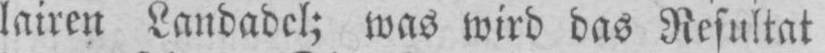
lairen Landadel; was wird das Resultat